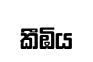
කීඹිය